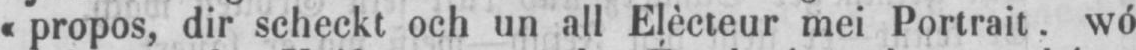
«propos, dir scheckt och un all Elècteur mei Portrait. wó